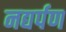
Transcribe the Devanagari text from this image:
नद्यर्पण